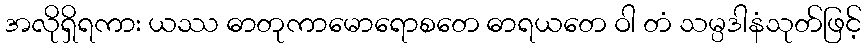
အလိုရှိရကား ယဿ ဓာတုကာမောရောစတေ ဓာရယတေ ဝါ တံ သမ္ပဒါနံသုတ်ဖြင့်